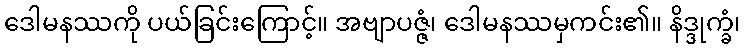
ဒေါမနဿကို ပယ်ခြင်းကြောင့်။ အဗျာပဇ္ဇံ၊ ဒေါမနဿမှကင်း၏။ နိဒ္ဒုက္ခံ၊